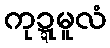
ကုဍ္ဍမူလံ